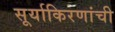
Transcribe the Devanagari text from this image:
सूर्याकिरणांची